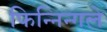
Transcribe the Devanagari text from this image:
फिन्निन्गले